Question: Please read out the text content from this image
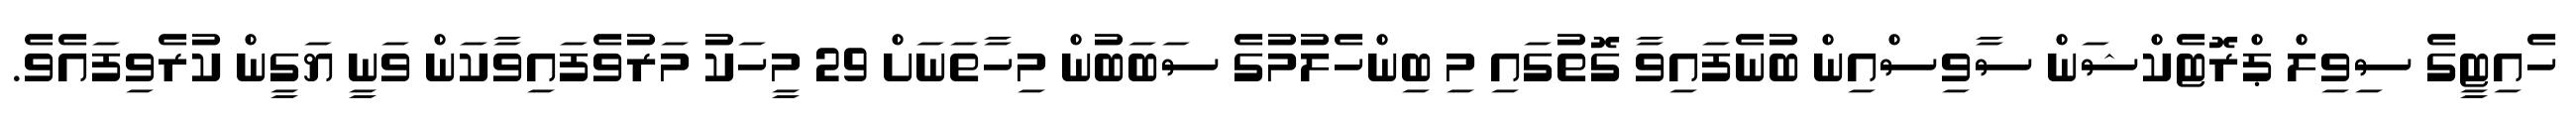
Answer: ހެއިޓީގެ ސިވިލް ޕްރޮޓެކްޝަން ސާވިސްއިން ބުނެފައިވާ ގޮތުގައި މި ބިންހެލުމުގެ ސަބަބުން މިހާތަނަށް 29 މީހަކު މަރުވެފައިވާކަން ވަނީ ޔަގީން ކުރެވިފައެވެ.